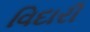
વિદારી